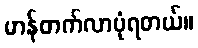
မာန်တက်လာပုံရတယ်။